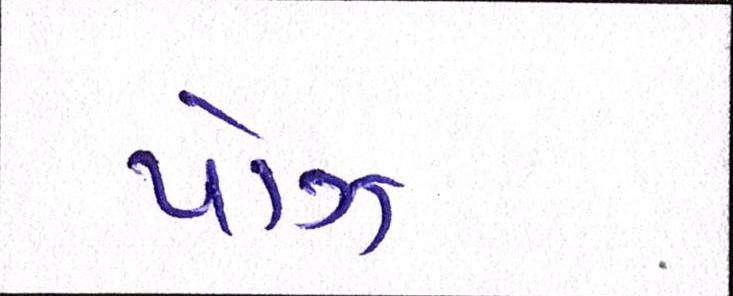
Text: પૉઝ